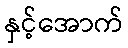
နှင့်အောက်